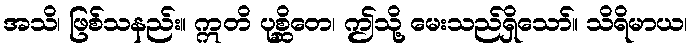
အသိ၊ ဖြစ်သနည်း။ ဣတိ ပုစ္ဆိတေ၊ ဤသို့ မေးသည်ရှိသော်။ သိရိမာယ၊